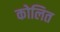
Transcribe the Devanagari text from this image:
कोलित